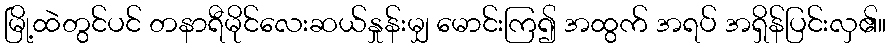
မြို့ထဲတွင်ပင် တနာရီမိုင်လေးဆယ်နှုန်းမျှ မောင်းကြ၍ အထွက် အရပ် အရှိန်ပြင်းလှ၏။